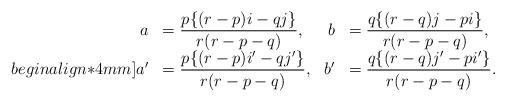
LaTeX: \begin{align*} \begin{array}{rlrl}a &= \dfrac{p \{(r-p)i-q j\}}{r(r-p-q)}, & b &= \dfrac{q \{(r-q)j-p i\}}{r(r-p-q)}, \\begin{align*}4mm] a' &= \dfrac{p \{(r-p)i'-q j'\}}{r(r-p-q)}, & b' &= \dfrac{q \{(r-q)j'-p i'\}}{r(r-p-q)}. \end{array}\end{align*}